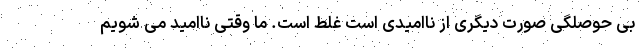
بی حوصلگی صورت دیگری از ناامیدی است غلط است. ما وقتی ناامید می شویم